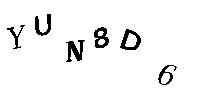
YUN8D6